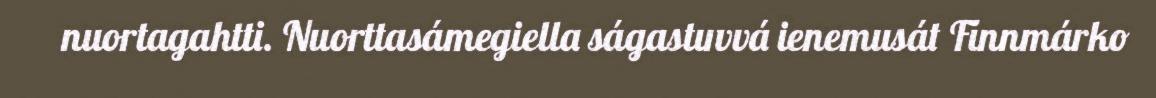
nuortagahtti. Nuorttasámegiella ságastuvvá ienemusát Finnmárko